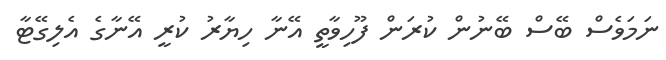
ނަމަވެސް ބޭސް ބޭނުން ކުރަން ފޫހިވާތީ އޭނާ ހިޔާރު ކުރީ އޭނާގެ އެލިގޭޓާ